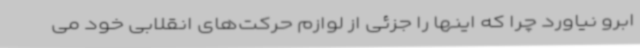
ابرو نیاورد چرا که اینها را جزئی از لوازم حرکت‌های انقلابی خود می